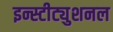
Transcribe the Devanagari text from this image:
इन्स्टीट्युशनल